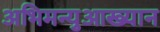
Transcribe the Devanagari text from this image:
अभिमन्युआख्यान